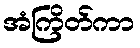
အံကြိတ်ကာ